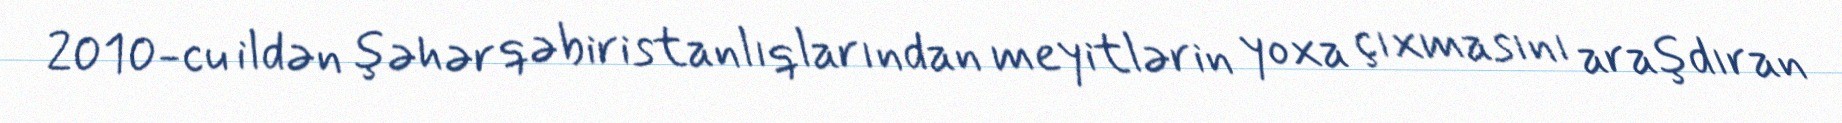
2010-cu ildən şəhər qəbiristanlıqlarından meyitlərin yoxa çıxmasını araşdıran